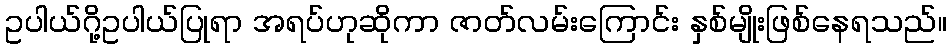
ဥပါယ်ဂို့ဥပါယ်ပြုရာ အရပ်ဟုဆိုကာ ဇာတ်လမ်းကြောင်း နှစ်မျိုးဖြစ်နေရသည်။